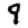
Digit: 9